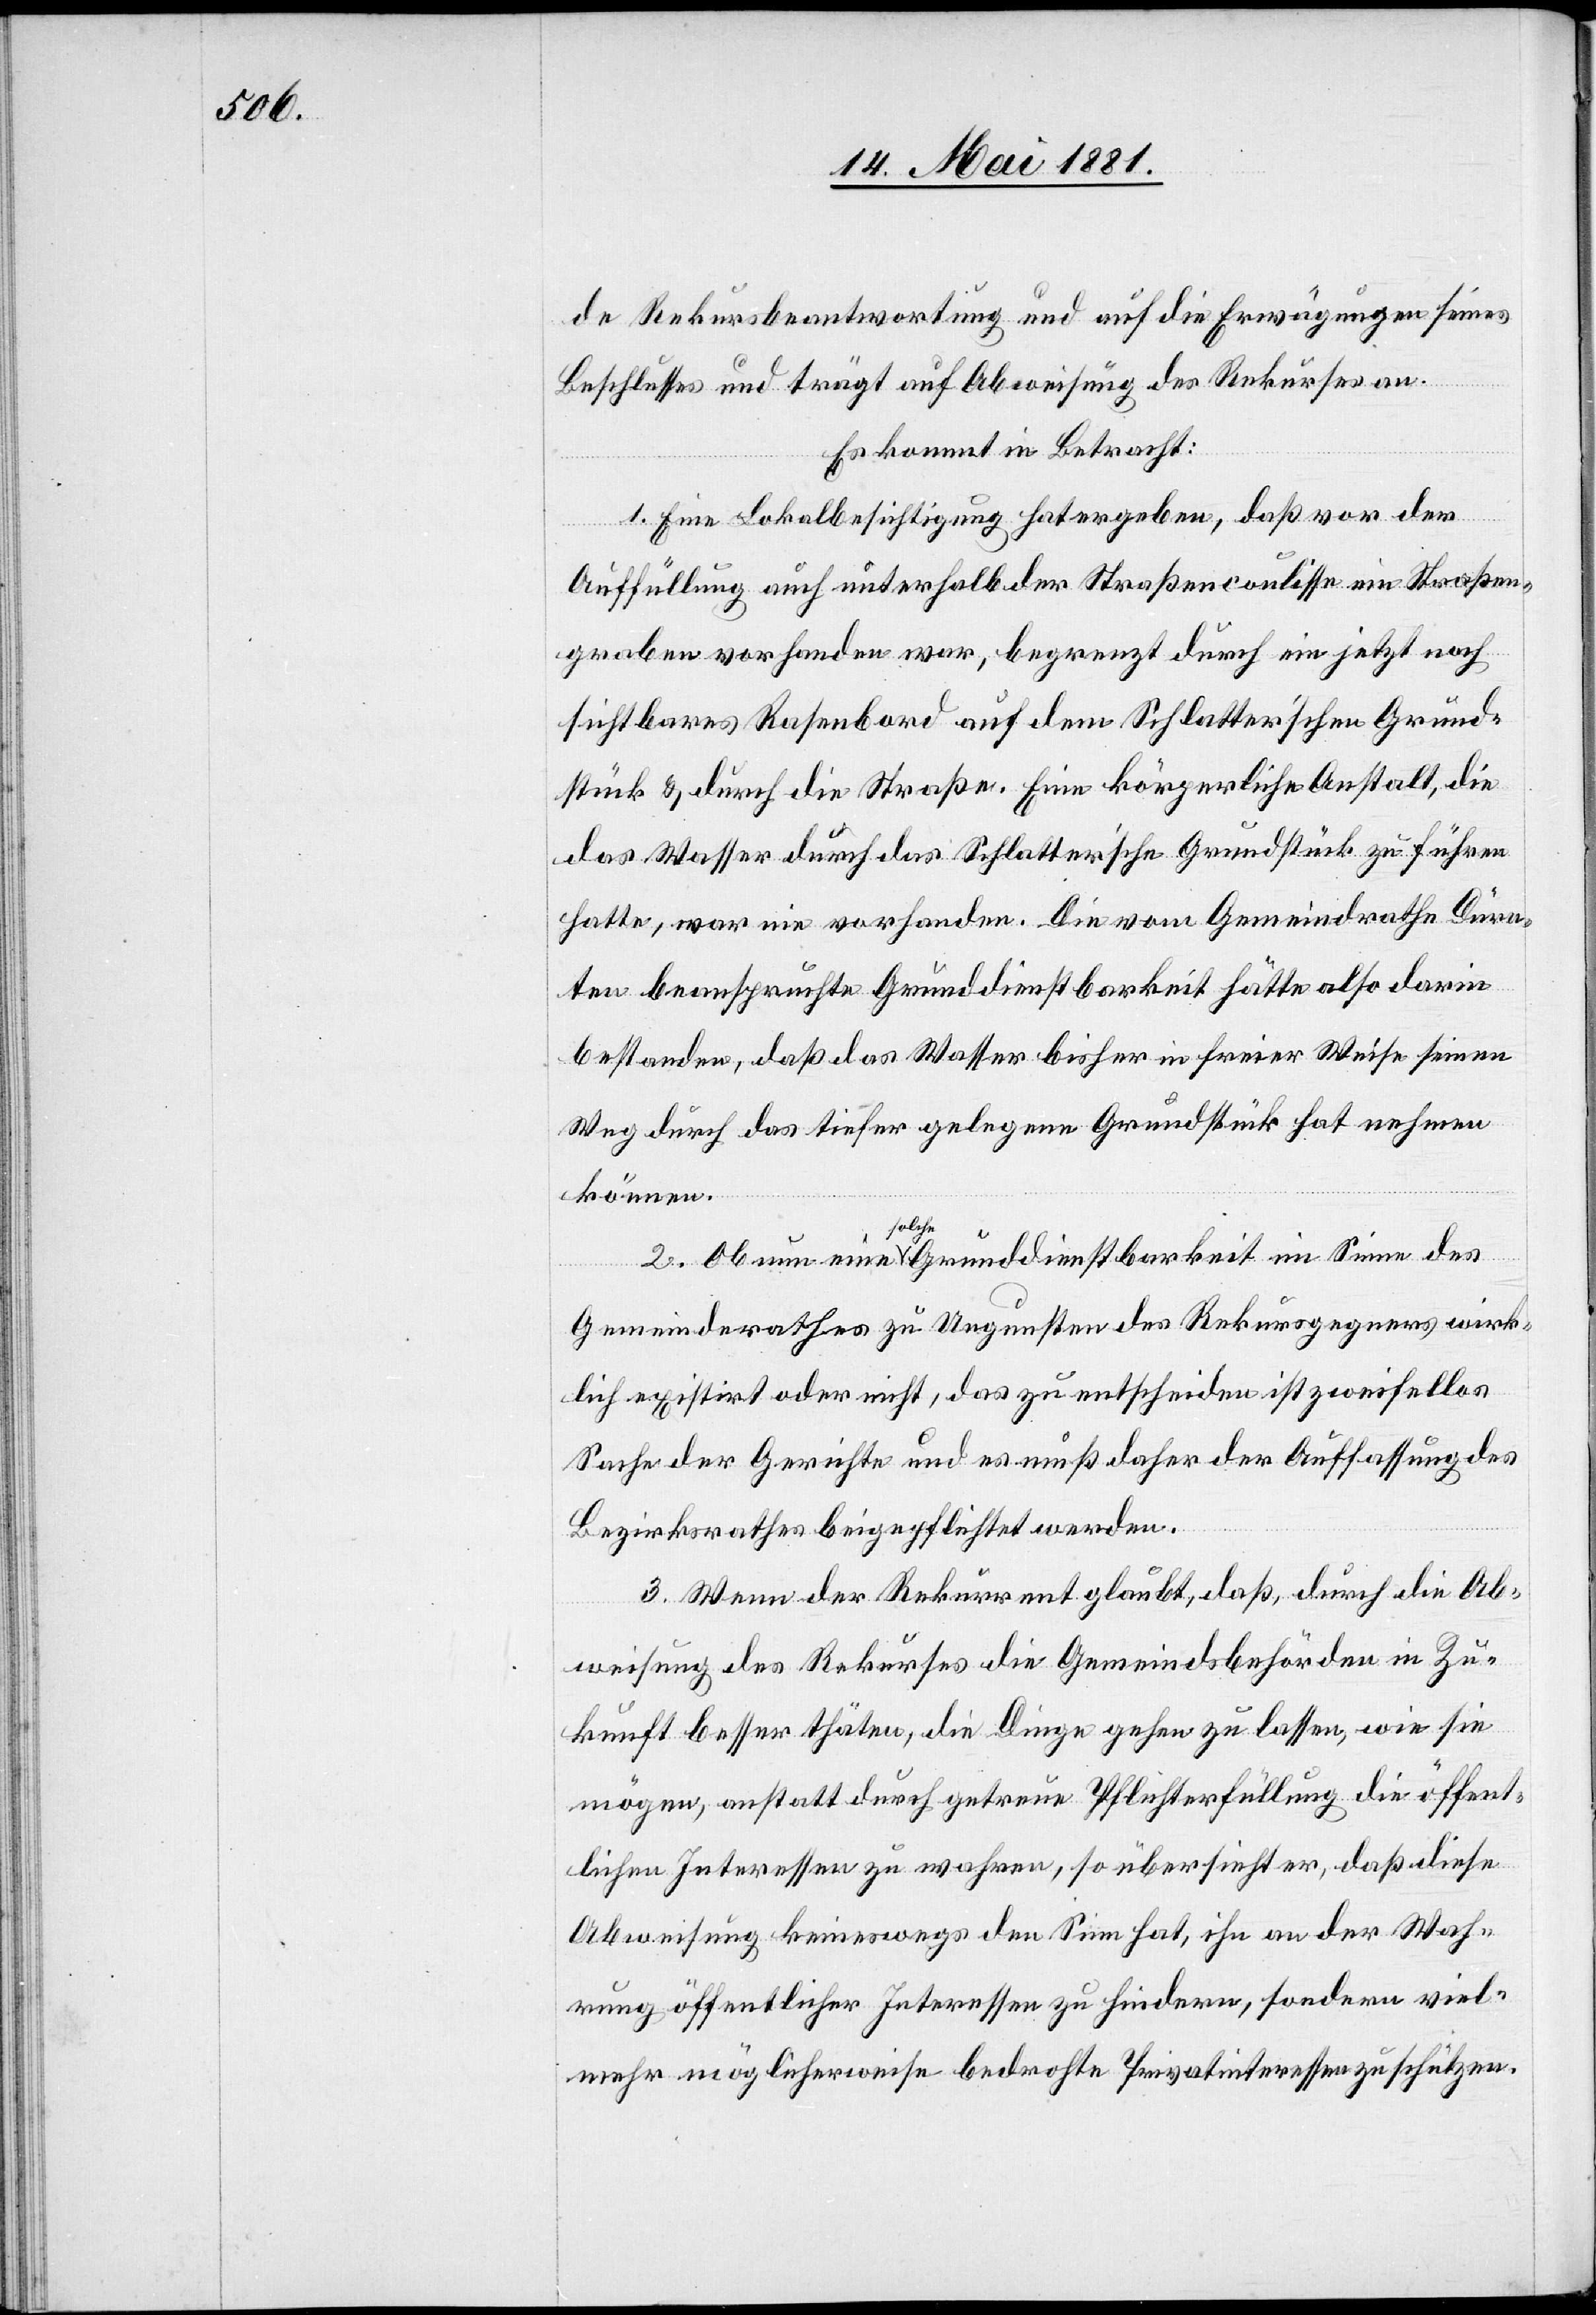
de Rekursbeantwortung und auf die Erwägungen seines
Beschlusses und trägt auf Abweisung des Rekurses.
Es kommt in Betracht:
1. Eine Lokalbesichtigung hat ergeben, daß vor der
Auffüllung auch unterhalb der Straßencoulisse ein Straßen¬
graben vorhanden war, begrenzt durch ein jetzt noch
sichtbares Rasenbord auf dem Schlatter’schen Grund¬
stück & durch die Straße. Eine körperliche Anstalt, die
das Wasser durch das Schlatter’sche Grundstück zu führen
hatte, war nie vorhanden. Die vom Gemeindrathe Dürn¬
ten beanspruchte Grunddienstbarkeit hätte also darin
bestanden, daß das Wasser bisher in freier Weise seinen
Weg durch das tiefer gelegene Grundstück hat nehmen
können.
2. Ob nun eine solche Grunddienstbarkeit im Sinne des
Gemeinderathes zu Ungunsten des Rekursgegners wirk¬
lich existirt oder nicht, das zu entscheiden ist zweifellos
Sache der Gerichte und es muß daher der Auffassung des
Bezirksrathes beigepflichtet werden.
3. Wenn der Rekurrent glaubt, daß, durch die Ab¬
weisung des Rekurses die Gemeindsbehörden in Zu¬
kunft besser thäten, die Dinge gehen zu lassen, wie sie
mögen, anstatt durch getreue Pflichterfüllung die öffent¬
lichen Interessen zu wahren, so übersieht er, daß diese
Abweisung keineswegs den Sinn hat, ihn an der Wah¬
rung öffentlicher Interessen zu hindern, sondern viel¬
mehr möglicherweise bedrohte Privatinteressen zu schützen.